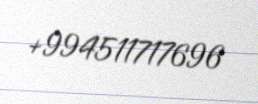
+994511717696